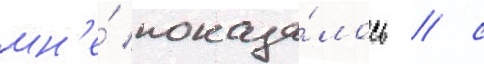
мн'е́ показа́лось / с